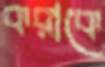
করাকে